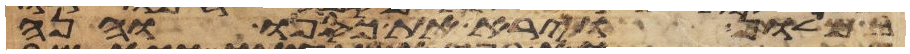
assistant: במלון וירא את כספו והנה